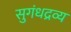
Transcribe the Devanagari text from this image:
सुगंधद्रव्य